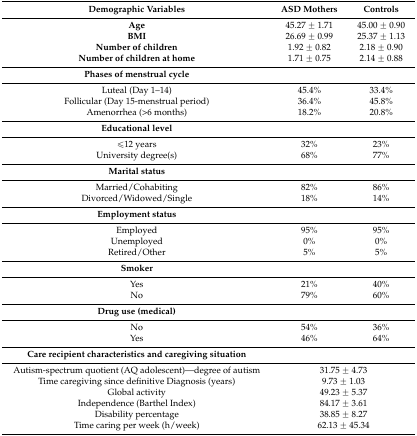
| Demographic Variables | ASD Mothers | Controls |
 | --- | --- | --- |
 | Age | 45.27 ± 1.71 | 45.00 ± 0.90 |
 | BMI | 26.69 ± 0.99 | 25.37 ± 1.13 |
 | Number of children | 1.92 ± 0.82 | 2.18 ± 0.90 |
 | Number of children at home | 1.71 ± 0.75 | 2.14 ± 0.88 |
 | Phases of menstrual cycle |  |  |
 | Luteal (Day 1–14) | 45.4% | 33.4% |
 | Follicular (Day 15-menstrual period) | 36.4% | 45.8% |
 | Amenorrhea (>6 months) | 18.2% | 20.8% |
 | Educational level |  |  |
 | ≤12 years | 32% | 23% |
 | University degree(s) | 68% | 77% |
 | Marital status |  |  |
 | Married/Cohabiting | 82% | 86% |
 | Divorced/Widowed/Single | 18% | 14% |
 | Employment status |  |  |
 | Employed | 95% | 95% |
 | Unemployed | 0% | 0% |
 | Retired/Other | 5% | 5% |
 | Smoker |  |  |
 | Yes | 21% | 40% |
 | No | 79% | 60% |
 | Drug use (medical) |  |  |
 | No | 54% | 36% |
 | Yes | 46% | 64% |
 | Care recipient characteristics and caregiving situation |  |  |
 | Autism-spectrum quotient (AQ adolescent)—degree of autism | <COLSPAN=2> 31.75 ± 4.73 |
 | Time caregiving since definitive Diagnosis (years) | <COLSPAN=2> 9.73 ± 1.03 |
 | Global activity | <COLSPAN=2> 49.23 ± 5.37 |
 | Independence (Barthel Index) | <COLSPAN=2> 84.17 ± 3.61 |
 | Disability percentage | <COLSPAN=2> 38.85 ± 8.27 |
 | Time caring per week (h/week) | <COLSPAN=2> 62.13 ± 45.34 |